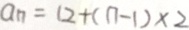
a _ { n } = 1 2 + ( n - 1 ) \times 2